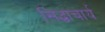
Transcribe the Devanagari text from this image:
सिद्धाचार्य